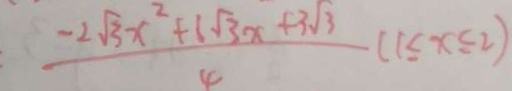
\frac { - 2 \sqrt { 3 } x ^ { 2 } + 6 \sqrt { 3 } x + 3 \sqrt { 3 } } { 4 } ( 1 \leq x \leq 2 )